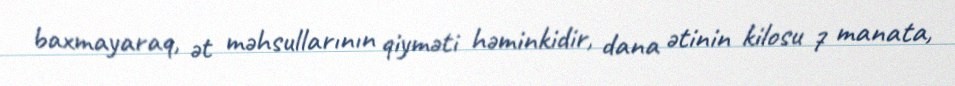
baxmayaraq, ət məhsullarının qiyməti həminkidir, dana ətinin kilosu 7 manata,